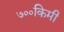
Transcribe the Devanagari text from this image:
७००किमी